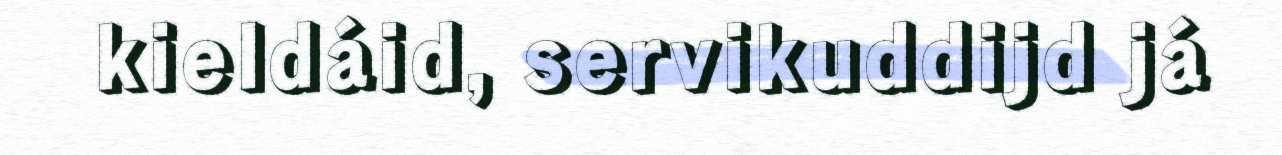
kieldáid, servikuddijd já